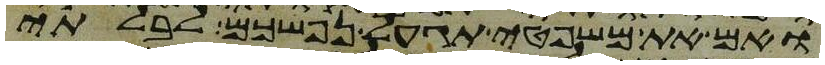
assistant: ואם את משפטי תגעל נפשכם לבלתי